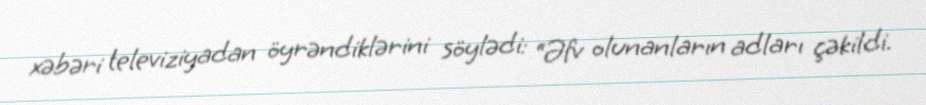
xəbəri televiziyadan öyrəndiklərini söylədi: “Əfv olunanların adları çəkildi.